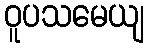
ဝူပသမေယျ